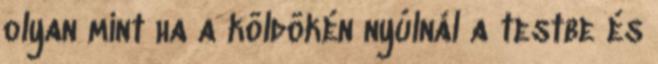
olyan mint ha a köldökén nyúlnál a testbe és